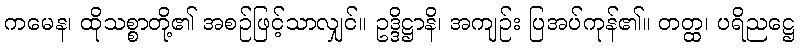
ကမေန၊ ထိုသစ္စာတို့၏ အစဉ်ဖြင့်သာလျှင်။ ဥဒ္ဒိဋ္ဌာနိ၊ အကျဉ်း ပြအပ်ကုန်၏။ တတ္ထ၊ ပရိညဋ္ဌေ